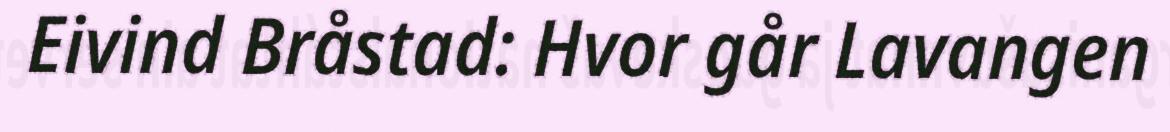
Eivind Bråstad: Hvor går Lavangen